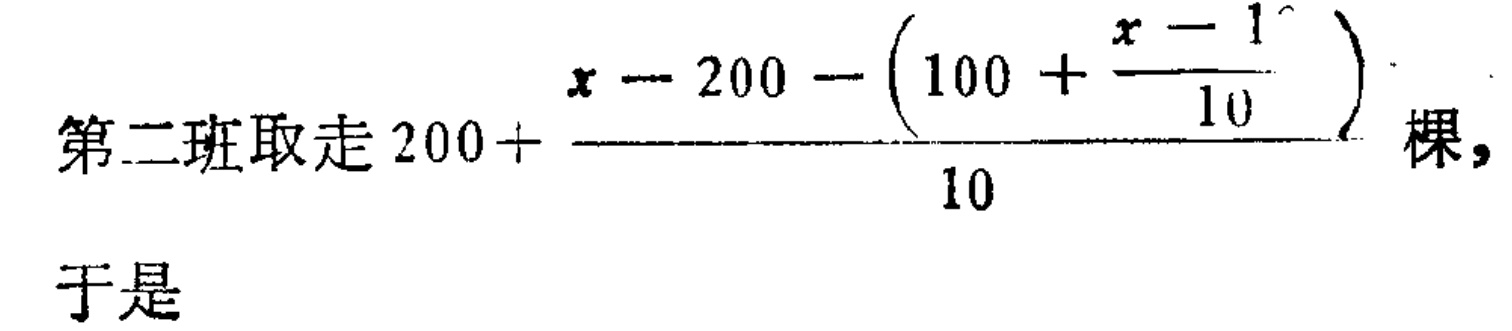
第二班取走 \(200 + \frac{x - 200 - \left(100 + \frac{x - 1}{10}\right)}{10}\) 棵,
于是